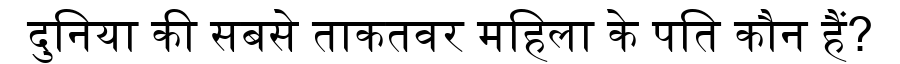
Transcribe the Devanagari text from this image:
दुनिया की सबसे ताकतवर महिला के पति कौन हैं?